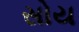
સોય